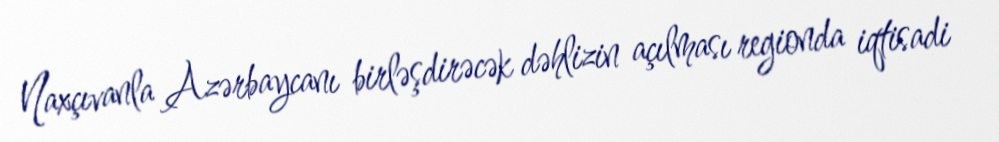
Naxçıvanla Azərbaycanı birləşdirəcək dəhlizin açılması regionda iqtisadi